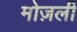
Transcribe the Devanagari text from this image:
मोज़ली